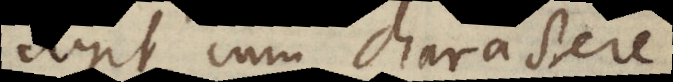
agit cum charactere